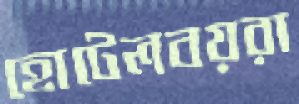
হোটেলবয়রা